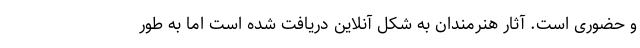
و حضوری است. آثارِ هنرمندان به شکلٍ آنلاین دریافت شده است اما به طورِ